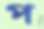
প